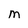
Character: m